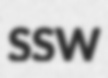
SSW